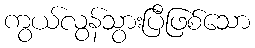
ကွယ်လွန်သွားပြီဖြစ်သော